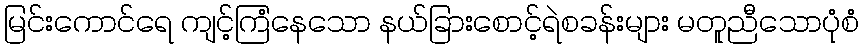
မြင်းကောင်ရေ ကျင့်ကြံနေသော နယ်ခြားစောင့်ရဲစခန်းများ မတူညီသောပုံစံ